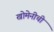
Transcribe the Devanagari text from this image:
खोमेनीची